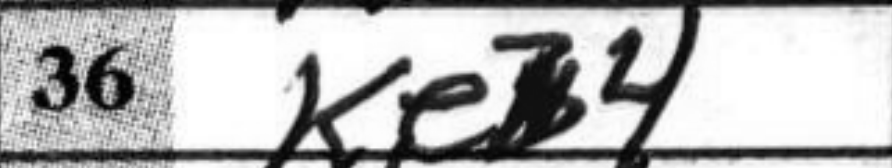
Transcription: Ke4